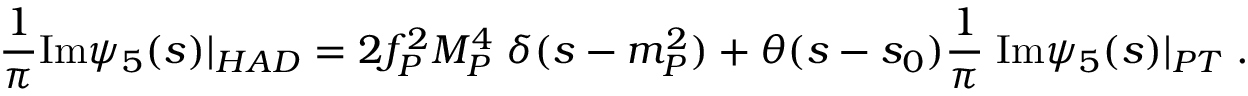
\frac { 1 } { \pi } \mathrm { I m } \psi _ { 5 } ( s ) | _ { H A D } = 2 f _ { P } ^ { 2 } M _ { P } ^ { 4 } \; \delta ( s - m _ { P } ^ { 2 } ) + \theta ( s - s _ { 0 } ) \frac { 1 } { \pi } \; \mathrm { I m } \psi _ { 5 } ( s ) | _ { P T } \; .